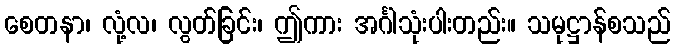
စေတနာ၊ လုံ့လ၊ လွတ်ခြင်း၊ ဤကား အင်္ဂါသုံးပါးတည်း။ သမုဋ္ဌာန်စသည်